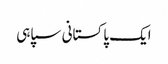
ایک پاکستانی سپاہی